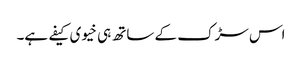
اس سڑک کے ساتھ ہی خیوی کیفے ہے۔